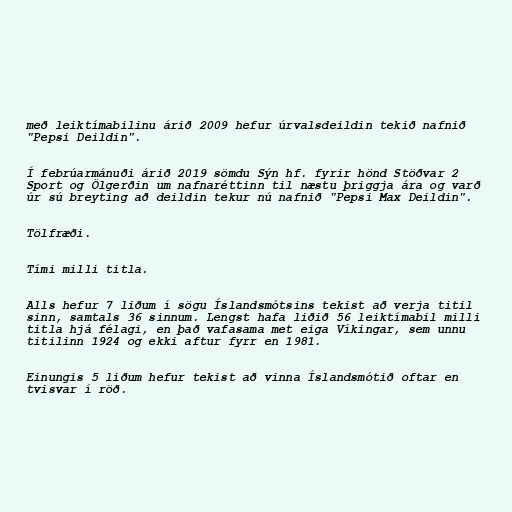
með leiktímabilinu árið 2009 hefur úrvalsdeildin tekið nafnið
"Pepsi Deildin".

Í febrúarmánuði árið 2019 sömdu Sýn hf. fyrir hönd Stöðvar 2
Sport og Ölgerðin um nafnaréttinn til næstu þriggja ára og varð
úr sú breyting að deildin tekur nú nafnið "Pepsi Max Deildin".

Tölfræði.

Tími milli titla.

Alls hefur 7 liðum í sögu Íslandsmótsins tekist að verja titil
sinn, samtals 36 sinnum. Lengst hafa liðið 56 leiktímabil milli
titla hjá félagi, en það vafasama met eiga Víkingar, sem unnu
titilinn 1924 og ekki aftur fyrr en 1981.

Einungis 5 liðum hefur tekist að vinna Íslandsmótið oftar en
tvisvar í röð.